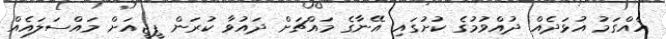
އެއްގަމު އުޅަދެއް ދުއްވުމުގެ ކުށުގައި އޭނާގެ މައްޗަށް ދައުވާ ކުރަން ޕީޖީއަށް މައްސަލައެއް